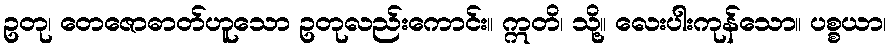
ဥတု၊ တေဇောဓာတ်ဟူသော ဥတုလည်းကောင်း။ ဣတိ၊ သို့။ လေးပါးကုန်သော။ ပစ္စယာ၊